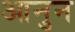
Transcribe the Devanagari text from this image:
आनुन